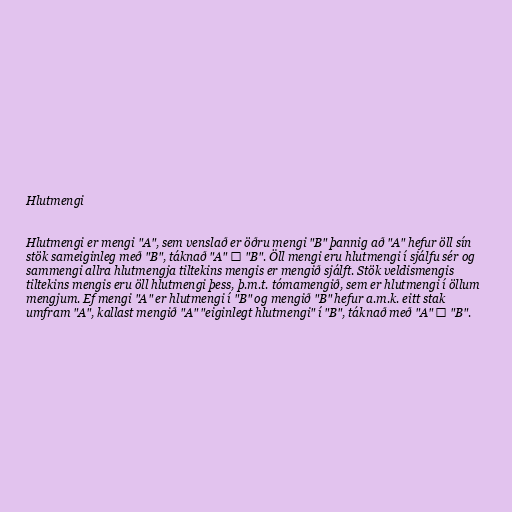
Hlutmengi

Hlutmengi er mengi "A", sem venslað er öðru mengi "B" þannig að "A" hefur öll sín
stök sameiginleg með "B", táknað "A" ⊆ "B". Öll mengi eru hlutmengi í sjálfu sér og
sammengi allra hlutmengja tiltekins mengis er mengið sjálft. Stök veldismengis
tiltekins mengis eru öll hlutmengi þess, þ.m.t. tómamengið, sem er hlutmengi í öllum
mengjum. Ef mengi "A" er hlutmengi í "B" og mengið "B" hefur a.m.k. eitt stak
umfram "A", kallast mengið "A" "eiginlegt hlutmengi" í "B", táknað með "A" ⊂ "B".